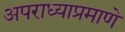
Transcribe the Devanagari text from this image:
अपराध्याप्रमाणे